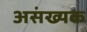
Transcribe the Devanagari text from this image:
असंख्यक